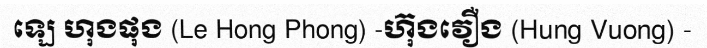
ឡេ ហុងផុង (Le Hong Phong) -ហ៊ុងវឿង (Hung Vuong) -